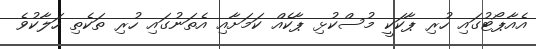
އެއާޕޯޓުގައި ހުރި ޕާކަކީ މުސްކުޅި ޕާކެއް ކަމަށާއި އެތަނުގައި ހުރި ތަކެތި ހަލާކުވެ